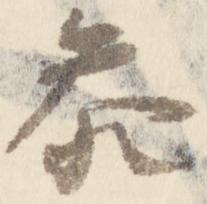
参